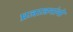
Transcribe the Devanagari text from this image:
प्रजाजनांनो